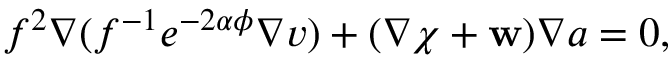
f ^ { 2 } \nabla ( f ^ { - 1 } e ^ { - 2 \alpha \phi } \nabla v ) + ( \nabla \chi + { \bf w } ) \nabla a = 0 ,